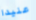
عنيدا